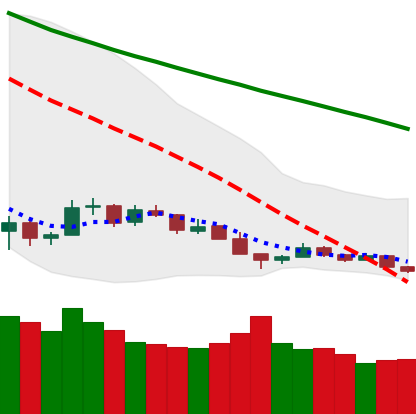
Ticker: BTC-USD
Chart end date: 2018-12-14
Forward return: 15.527%
Label: up_7plus